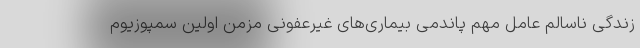
زندگی ناسالم عامل مهم پاندمی بیماری‌های غیرعفونی مزمن اولین سمپوزیوم